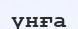
үнға